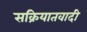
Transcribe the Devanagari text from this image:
सक्रियातवादी